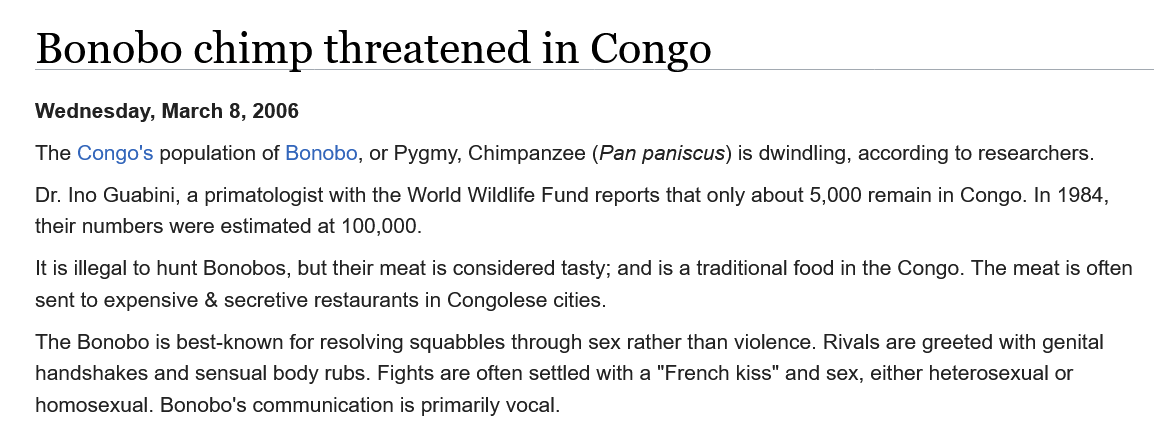
Bonobo    chimp    threatened    in  Congo
    The Bonobo is best-known for resolving squabbles through sex rather than violence. Rivals are greeted with genital
    handshakes and sensual body rubs. Fights are often settled with a "French kiss" and sex, either heterosexual or
    homosexual. Bonobo's communication is primarily vocal.
    It is illegal to hunt Bonobos, but their meat is considered tasty; and is a traditional food in the Congo. The meat is often
    sent to expensive & secretive restaurants in Congolese cities.
    Dr. Ino Guabini, a primatologist with the World Wildlife Fund reports that only about 5,000 remain in Congo. In 1984,
    their numbers were estimated at 100,000.
    Wednesday, March 8, 2006
    The Congo's population of Bonobo, or Pygmy, Chimpanzee (Pan paniscus) is dwindling, according to researchers.